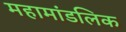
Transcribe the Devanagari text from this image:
महामांडलिक